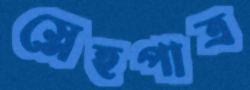
স্নেহপাত্র